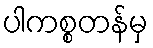
ပါကစ္စတန်မှ